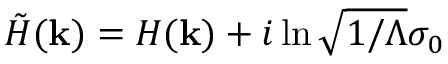
\tilde { H } ( \mathbf { k } ) = H ( \mathbf { k } ) + i \ln \sqrt { 1 / \Lambda } \sigma _ { 0 }